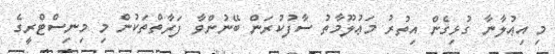
މި އިޢުލާނާ ގުޅިގެން އިތުރު މަޢުލޫމާތު ސާފުކުރަން ބޭނުންވާ ފަރާތްތަކުން މި މިނިސްޓްރީގެ